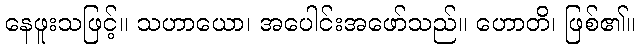
နေဖူးသဖြင့်။ သဟာယော၊ အပေါင်းအဖော်သည်။ ဟောတိ၊ ဖြစ်၏။